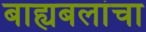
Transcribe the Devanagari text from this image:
बाह्यबलांचा